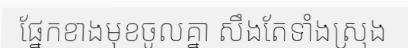
ផ្នែកខាងមុខចូលគ្នា សឹងតែទាំងស្រុង